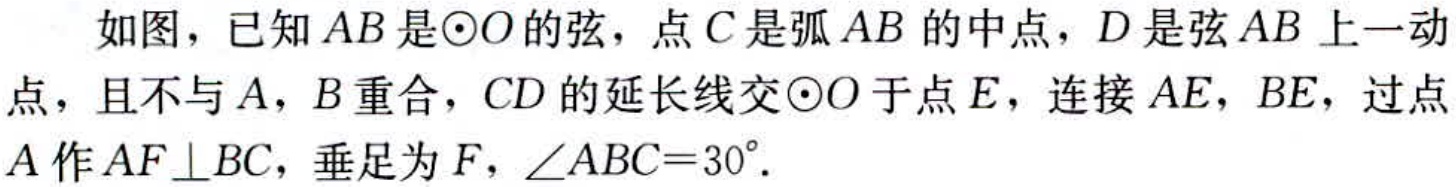
如图，已知\(AB\)是\(\odot O\)的弦，点\(C\)是弧\(AB\)的中点，\(D\)是弦\(AB\)上一动点，且不与\(A\)，\(B\)重合，\(CD\)的延长线交\(\odot O\)于点\(E\)，连接\(AE\)，\(BE\)，过点\(A\)作\(AF\perp BC\)，垂足为\(F\)，\(\angle ABC = 30^{\circ}\)。